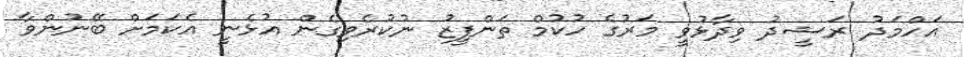
އަހްމަދު ރަޝީދު ވިދާޅުވީ މަރުގެ ހުކުމް ތަންފީޒު ނުކުރެވިގެން އުޅެނީ އެކަމަށް ބޭނުންވާ